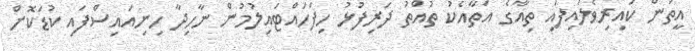
އީތަން ކައިރިވެލައިފައި ތިއާގެ އަތާއެކު ތުއްތު ދަރިފުޅު ހިފަހައްޓައިލުމުން ނާހިދާ ހިނިއައިސްފައި ކުޑަކޮށް